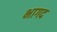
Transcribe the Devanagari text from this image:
भागद